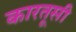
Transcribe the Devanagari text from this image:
कारतूसी